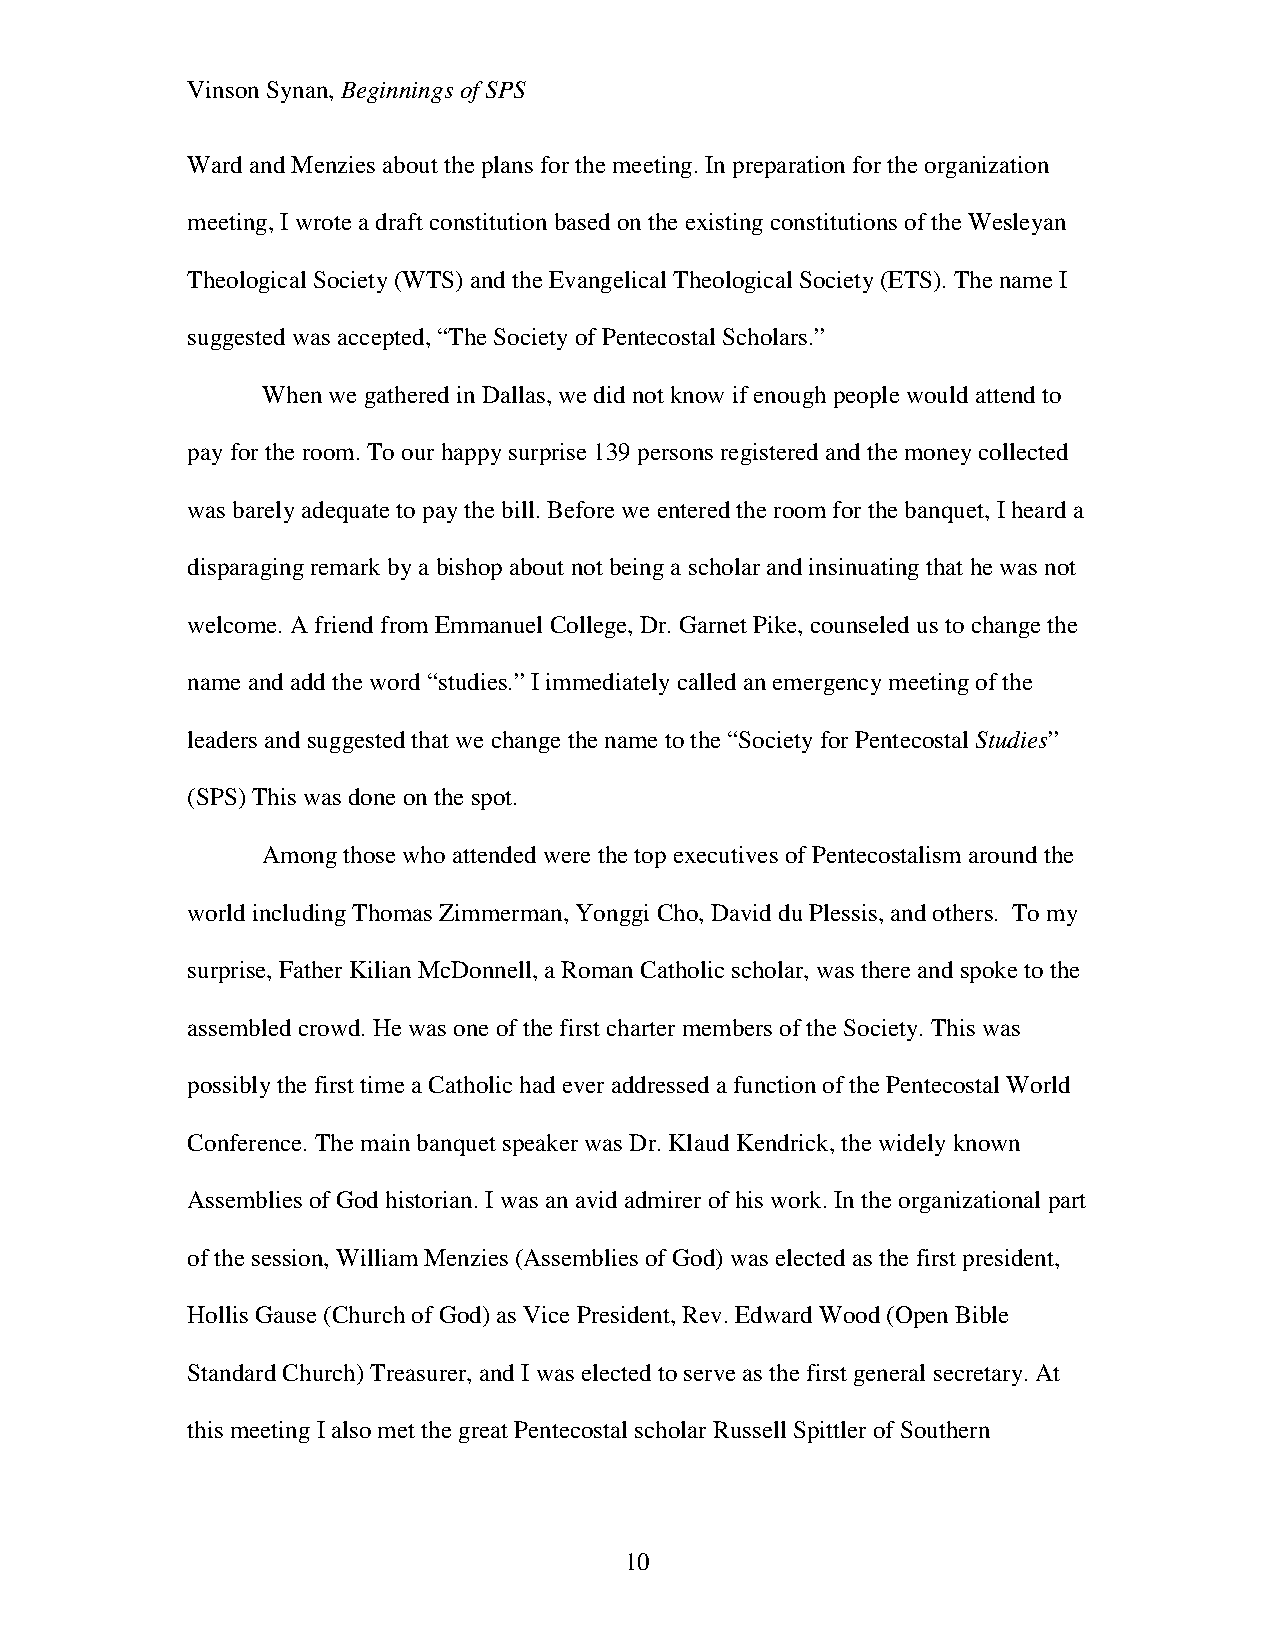
Vinson Synan, Beginnings of SPS
 Ward and Menzies about the plans for the meeting. In preparation for the organization
 meeting, I wrote a draft constitution based on the existing constitutions of the Wesleyan
 Theological Society (WTS) and the Evangelical Theological Society (ETS). The name I
 suggested was accepted, “The Society of Pentecostal Scholars.”
 When we gathered in Dallas, we did not know if enough people would attend to
 pay for the room. To our happy surprise 139 persons registered and the money collected
 was barely adequate to pay the bill. Before we entered the room for the banquet, I heard a
 disparaging remark by a bishop about not being a scholar and insinuating that he was not
 welcome. A friend from Emmanuel College, Dr. Garnet Pike, counseled us to change the
 name and add the word “studies.” I immediately called an emergency meeting of the
 leaders and suggested that we change the name to the “Society for Pentecostal Studies”
 (SPS) This was done on the spot.
 Among those who attended were the top executives of Pentecostalism around the
 world including Thomas Zimmerman, Yonggi Cho, David du Plessis, and others. To my
 surprise, Father Kilian McDonnell, a Roman Catholic scholar, was there and spoke to the
 assembled crowd. He was one of the first charter members of the Society. This was
 possibly the first time a Catholic had ever addressed a function of the Pentecostal World
 Conference. The main banquet speaker was Dr. Klaud Kendrick, the widely known
 Assemblies of God historian. I was an avid admirer of his work. In the organizational part
 of the session, William Menzies (Assemblies of God) was elected as the first president,
 Hollis Gause (Church of God) as Vice President, Rev. Edward Wood (Open Bible
 Standard Church) Treasurer, and I was elected to serve as the first general secretary. At
 this meeting I also met the great Pentecostal scholar Russell Spittler of Southern
 10